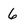
Character: 6